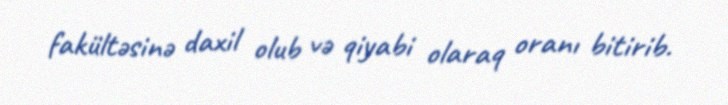
fakültəsinə daxil olub və qiyabi olaraq oranı bitirib.